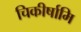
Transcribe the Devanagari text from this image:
चिकीर्षामि